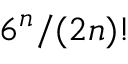
6 ^ { n } / ( 2 n ) !